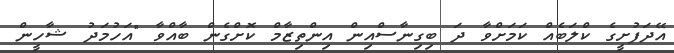
އޭދަފުށީގެ ކްލަބެއް ކަމަށްވާ ދަ ބިގިނާސްއިން އިންތިޒާމް ކޮށްގެން ބާއްވާ "އަހުމަދު ޝާހީން